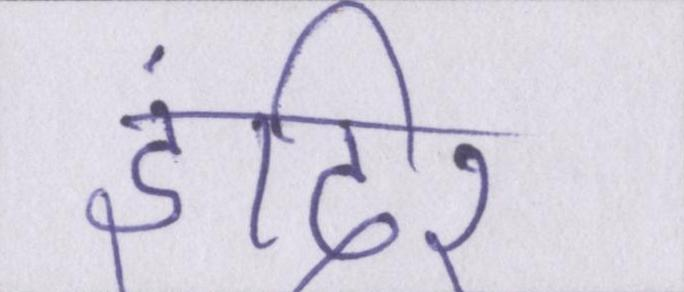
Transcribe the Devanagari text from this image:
इंदिरा